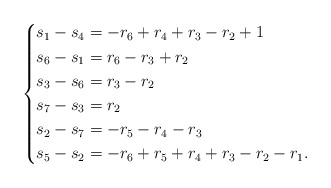
\begin{align*}\left\{\begin{aligned}s_{1}-s_{4}&= -r_{6} +r_{4}+r_{3}-r_{2}+1\\s_{6}-s_{1}&=r_{6}-r_{3}+r_{2}\\s_{3}-s_{6}&=r_{3}-r_{2}\\s_{7}-s_{3}&=r_{2}\\s_{2}-s_{7}&=-r_{5}-r_{4}-r_{3}\\s_{5}-s_{2}&=-r_{6} +r_{5} +r_{4} +r_{3}-r_{2}-r_{1}.\end{aligned}\right.\end{align*}